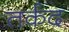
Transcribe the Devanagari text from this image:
तर्कद